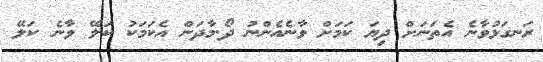
ރަނގަޅުވާނެ އެތަނަށް ދިޔަ ކަމަށް ވާނެއެންނު ދޯ.މާދަން އެކަމަކު ކަލޭ ވާނެ ކަލޭ